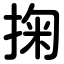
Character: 掬